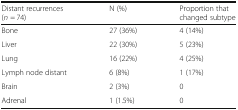
<table><thead><tr><td><b>Distant recurrences (<i>n</i> = 74)</b></td><td><b>N (%)</b></td><td><b>Proportion that changed subtype</b></td></tr></thead><tbody><tr><td>Bone</td><td>27 (36%)</td><td>4 (14%)</td></tr><tr><td>Liver</td><td>22 (30%)</td><td>5 (23%)</td></tr><tr><td>Lung</td><td>16 (22%)</td><td>4 (25%)</td></tr><tr><td>Lymph node distant</td><td>6 (8%)</td><td>1 (17%)</td></tr><tr><td>Brain</td><td>2 (3%)</td><td>0</td></tr><tr><td>Adrenal</td><td>1 (1.5%)</td><td>0</td></tr></tbody></table>